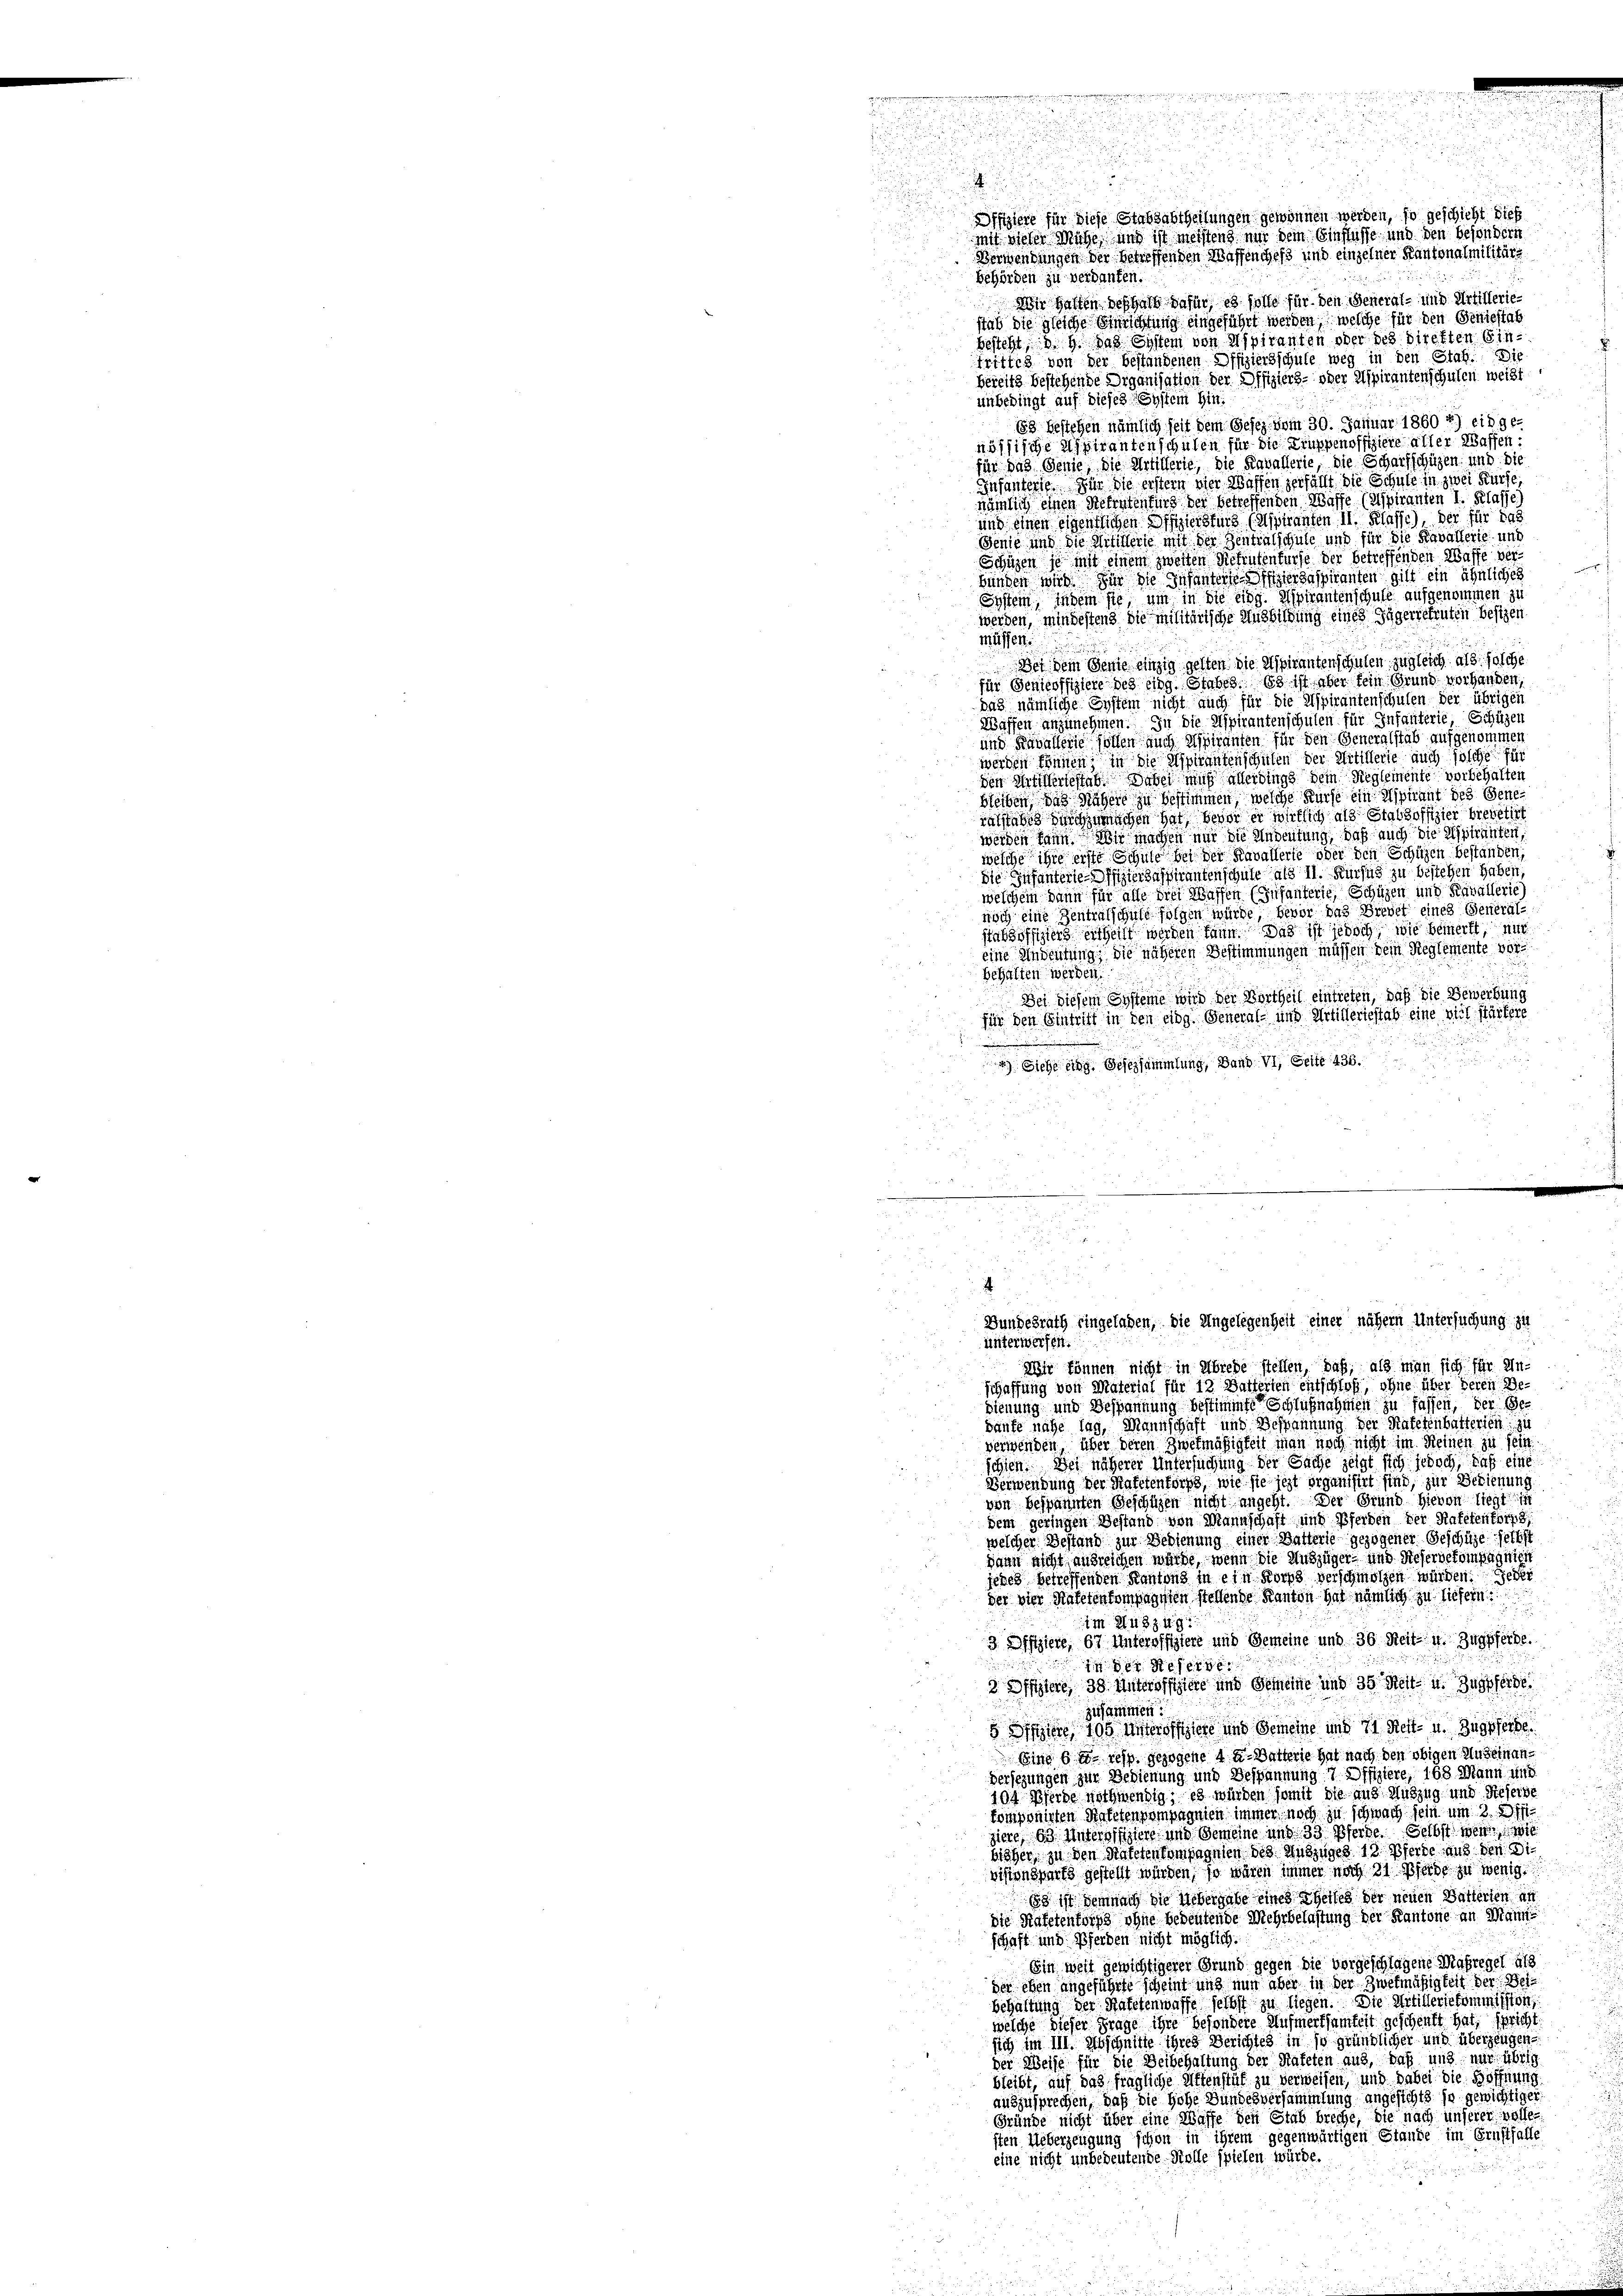
I

2
.

Offiziere für diese Stabsabtheilungen gewönnen werden, so geschicht dieß
mit dieser Mühe und ist meistens mir dem Einflüsse und den besondern
Verwendungen der betreffenden Waffenchefs und einzelner Kantonalmilitärs
behörden zu verdanken.
Wir halten deshalb dafür, es solle für den General- und Artillerie-
stab die gleiche Gerichtung eingeführt werden, welche für den Geniestat
besteht, 3. 4. Das System von Spiranten oder des Direkten Ein¬
Triftig von der bestandenen Offiziersschule weg in den Stat. Die
bereits bestehende Organisation der Offiziers- oder Aspiranten schulen weist
unbedingt auf dieses System hin:
83 bestehen nämlich seit dem Gesez vom 30. Januar 1860 *) einge-
nössische Aspiranten schulen für die Gruppenoffiziere alter Waffen:
für das Genie, die Artillerie, die Kavallerie, die Scharfschüzen und die
Infanterte. Für die erstern vier Waffen zerfällt die Schule in zwei Kuche,
nämlich einen Betretenburg der betreffenden Wasse (Mspiranten I. Klasse
und einen eigentlichen Offiziersburg (Aspiranten II. Klasse), der für das
Jenie und die Stillerie mit der Zentralschule und für die Kavallerie und
Schüzen je mit einem zweiten Rekruten fürfe der betreffenden Waffe ver
bunden wird. Für die Infanterte Offiziergaspiranten gilt ein ähnliches
System, indem sie, um in die Eidg. Aspirantenschule aufgenommen zu
werden, mindestens die militärische Ausbildung eines Jägerretenten besizen
güssen
Wer dem Genie einzig gelten die Aspirantenschulen, zugleich als solche
für Senicoffiziere des Eidg. Stabes. So ist aber fein Grund vorhanden,
das nämliche Eystem nicht auch für die Aspirantenschulen der übriger
Waffen anzunehmen. In die Aspirantenschulen für Infanterie, Schüzen
und Kavallerie sollen auch Spiranten für den Generalstab aufgenommen
werden können, in die Aspirantenschulen der Artillerie auch solche für
den Artillertestat. Dabei mich allerdings dem Reglemente vorbehalten
bleiben, das Nähere zu bestimmen, welche Kurse ein Aspirant des Genealstabe ich machen hat, bevor er wirklich als Stabsoffizier brevetirt
werden kann. Wir machen mir die Andeutung, daß auch die Misirunten,
welche ihre erste Schule bei der Kavallerle oder den Schulen bestanden
die Infanterie-Offiziergaspirantenschule als II. Kursus zu bestehen haben,
welchem dann für alle die Wassen (Infanterte Schüzen und Scavallerie)
noch eine Zenträtschule folgen würde, bevor das Brevet eines General-
tabsoffizierseitheilt werden kann. Das ist jedoch, wie bemerkt, nur
eine Andeutung, die näheren Bestimmungen müssen kein Reglemente vor
behalten werden.
Bei diesem Systeme wird der Vortheil eintreten, daß die Bewerbung
für den Eintritt in den eidg. General- und Artilleriestab eine viel stärkere
n
) Siehe eidg. Gesersammlung, Band. VI, Seite 436.

Bundesrath eingelaßen, die Angelegenheit einer nähern Untersuchung zu

unterwerfen.
Wir können nicht in Abrede stellen, daß, als man sich für Un-
schaffung von Material für 12 Batterten entschloß, ohne über deren Be-
dienung und Bespannung bestimmte Schlußnahmen zu fassen, der Gehaufe nahe lag, Mannschaft und Bespannung der Rafetenbatterien zu
verwenden über deren Zwekmäßigkeit man noch nicht im Reinen zu sein
schien. Des näherer Untersuchung der Sache zeigt sich jedoch, daß eine
Verwendung der Hafetenforps, wie sie jetzt organisirt sind, zur Bedienung
von bespannten Geschäzen nicht angeht. Der Grund hievon liegt in
dem geringen Bestand von Mannschaft und Pferden der Rafetentor
welcher Bestand zur Bedienung einer Batterie gezogener Geschüze selbst
dann nicht ausreichen würde, wenn die Auszüger- und Reservereinsäglich
jenes betreffenden Kantons in ein Korps verschmolzen würden. Jeder
der vier Kateten kompagisten stellende Kanton hat nämlich zu liefern
im Auszug:
3 Difiziere, 67 Unteroffiziere und Gemeine und 36 Reit- u. Zugpferde.
14 der Refe
2 Offiziere, 38 Unteroffiere und Gemeine und 35 Seit u. Zugpferde
zusammen
5 Arene 105 unteroffiziere und Gemeine und 11 Rett- u. zugeferte
seine bei resp. gezogene 4 u. Batterie hat nach den obigen Auseinan¬
Versehungen zur Bedienung und Bespannung 7 Offiziere, 168 Mann und
100 Pferde nothwendig; es würden somit die aus Auszug und dieserbe
komponirten Hintetengompagnien immer noch zu schwach sein um 2. 2. Ist
ziere 63. Unteroffiziere und Gemeine und 33 Pferde selbst wer wi
bisher, zu den Rateten kompagnien des Auszuges 13. Pferde aus den Die
visionspurfs gestellt würden, so wären immer nach 31 Pferde zu wenig.
58 ist demnach die Uebergabe eines Theiles der neuen Batterten an
die Kafetentars ohne bedeutende Mehrbelastung der Kantone an Mann
schaft und Pferden nicht möglich.
Ein weil gewichtigerer Grund gegen die vorgeschlagene Maßregel 118
der eben angeführte scheint und nun aber in der Zwekmäßigkeit der Beibehaltung der Matetenwaffe selbst zu liegen. Die Artilleriekommission,
welche dieser Frage ihre besondere Aufmerksamtelt geschenkt hat, spricht
sich im III. Abschnitte ihres Berichtes in so gründlicher und überzeugen.
der Weise für die Beibehaltung der Hafeten aus, daß und nur übrig
bleibt, auf das fragliche Affenstät zu verweisen, und dabei die Höffnung
auszusprechen, daß die Hohe Bundesversammlung angesichts so gewichtiger
Gründe nicht über eine Wasse den Stab breche, die nach unserer volle
sten Ueberzeugung schon in ihrem gegenwärtigen Stande im Ernsthalte
eine nicht unbedeutende Stolle spielen würde.